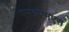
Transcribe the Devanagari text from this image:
एमइएमएस